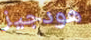
هودجيز